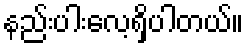
နည်းပါးလေ့ရှိပါတယ်။